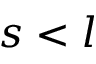
s < l